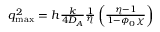
\begin{array} { r } { q _ { \mathrm { m a x } } ^ { 2 } = h \frac { k } { 4 D _ { A } } \frac { 1 } { \eta } \left( \frac { \eta - 1 } { 1 - \phi _ { 0 } \chi } \right) } \end{array}